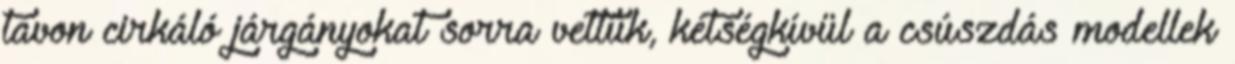
tavon cirkáló járgányokat sorra vettük, kétségkívül a csúszdás modellek